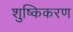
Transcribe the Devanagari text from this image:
शुष्किकरण